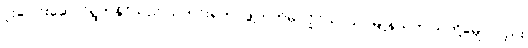
ပူးပေါင်းဆောင်ရွက်နိုင်သည် သတင်းရဲတပ်ဖွဲ့ဘက်မှ လှိုင်သာယာမြို့နယ်က သူတို့ခမျာလည်း